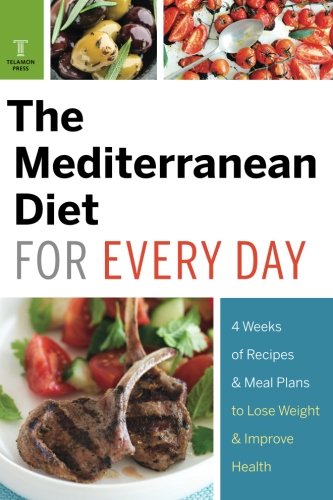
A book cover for Mediterranean Diet for Every Day: 4 Weeks of Recipes & Meal Plans to Lose Weight; Telamon Press; Cookbooks, Food & Wine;